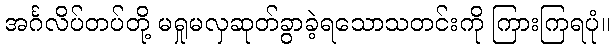
အင်္ဂလိပ်တပ်တို့ မရှုမလှဆုတ်ခွာခဲ့ရသောသတင်းကို ကြားကြရပုံ။